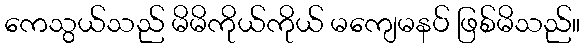
ကေသွယ်သည် မိမိကိုယ်ကိုယ် မကျေမနပ် ဖြစ်မိသည်။